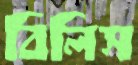
বিলিস